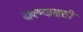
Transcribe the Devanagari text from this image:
दावण्यासाठी